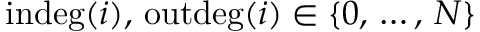
\operatorname { i n d e g } ( i ) , \, \operatorname { o u t d e g } ( i ) \in \{ 0 , \, \dots , \, N \}